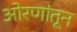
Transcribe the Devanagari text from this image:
ओरणांतून